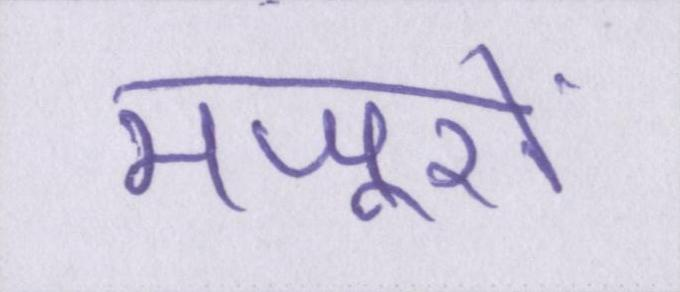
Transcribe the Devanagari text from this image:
मजूरों